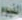
الفيوم